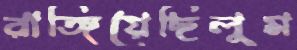
রাঙ্গিয়েছিলুম